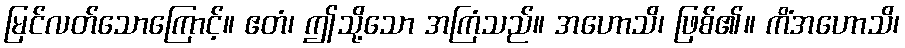
မြင်လတ်သောကြောင့်။ ဧတံ၊ ဤသို့သော အကြံသည်။ အဟောသိ၊ ဖြစ်၏။ ကိံအဟောသိ၊